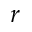
r